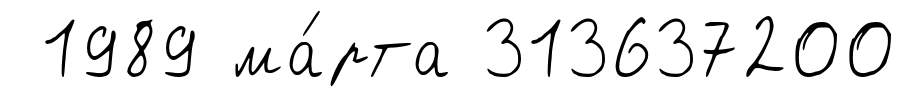
1989 ма́рта 313637200